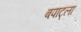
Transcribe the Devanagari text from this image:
बपाट्ला